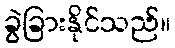
ခွဲခြားနိုင်သည်။